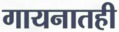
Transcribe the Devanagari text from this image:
गायनातही